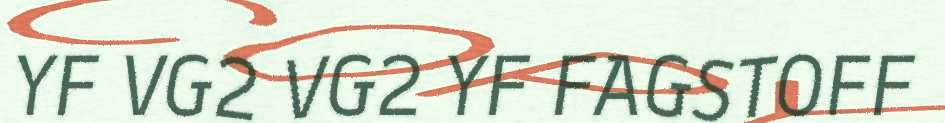
YF VG2 VG2 YF FAGSTOFF